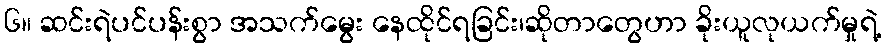
၆။ ဆင်းရဲပင်ပန်းစွာ အသက်မွေး နေထိုင်ရခြင်း၊ဆိုတာတွေဟာ ခိုးယူလုယက်မှုရဲ့